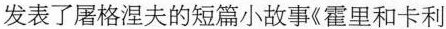
发表了屠格涅夫的短篇小故事《霍里和卡利